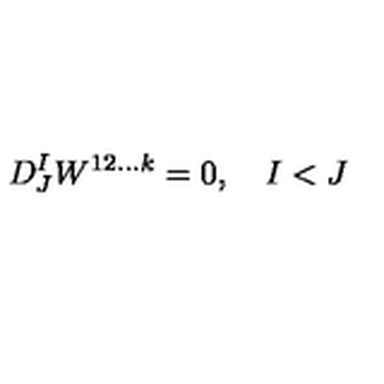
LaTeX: D _ { J } ^ { I } W ^ { 1 2 \ldots k } = 0 , \quad I < J